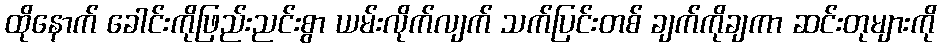
ထိုနောက် ခေါင်းကိုဖြည်းညင်းစွာ ယမ်းလိုက်လျက် သက်ပြင်းတစ် ချက်ကိုချကာ ဆင်းတုများကို